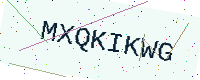
Text: MXQKIKWG